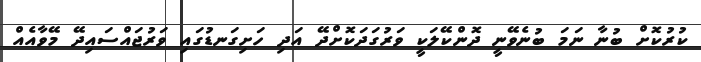
ކުރުކޮށް ބުނާ ނަމަ ބުނެވޭނީ ދޮންކޭލަކީ ވަރުގަދަކޮށްދޭ އަދި ހަށިގަނޑުގައި ވަރުޖައްސައިދޭ މޭވާއެއް